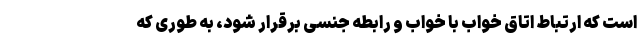
است که ارتباط اتاق خواب با خواب و رابطه جنسی برقرار شود، به طوری که